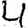
Digit: 4